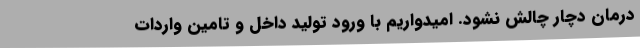
درمان دچار چالش نشود. امیدواریم با ورود تولید داخل و تامین واردات